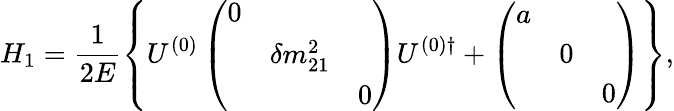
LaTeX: H_{1}=\frac{1}{2E}\left\{ U^{(0)}\left(\begin{array}{ccc}{{0}}&{{}}&{{}}\\ {{}}&{{\delta m_{21}^{2}}}&{{}}\\ {{}}&{{}}&{{0}}\end{array}\right)U^{(0)\dagger}+\left(\begin{array}{ccc}{{a}}&{{}}&{{}}\\ {{}}&{{0}}&{{}}\\ {{}}&{{}}&{{0}}\end{array}\right)\right\} ,